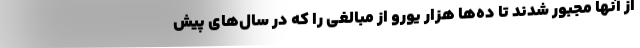
از آنها مجبور شدند تا ده‌ها هزار یورو از مبالغی را که در سال‌های پیش